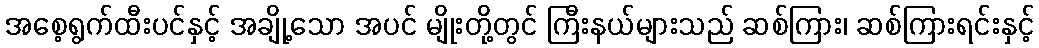
အစေ့ရွက်ထီးပင်နှင့် အချို့သော အပင် မျိုးတို့တွင် ကြီးနယ်များသည် ဆစ်ကြား၊ ဆစ်ကြားရင်းနှင့်